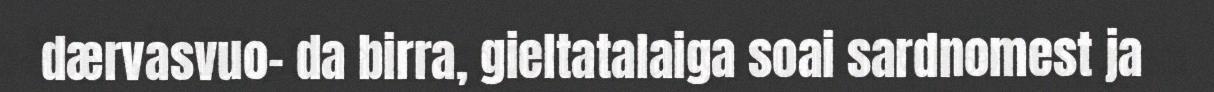
dærvasvuo- da birra, gieltatalaiga soai sardnomest ja